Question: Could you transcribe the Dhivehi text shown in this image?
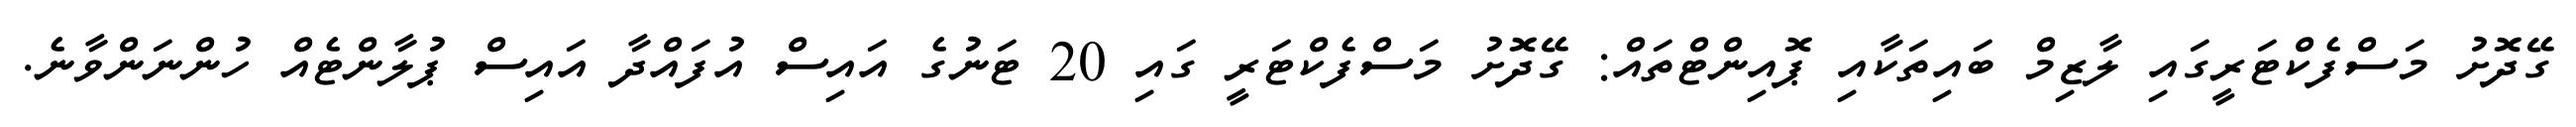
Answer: ގޭދޮށު މަސްފެކްޓަރީގައި ލާޒިމް ބައިތަކާއި ޕޮއިންޓްތައް: ގޭދޮށު މަސްފެކްޓަރީ ގައި 20 ޓަނުގެ އައިސް އުފައްދާ އައިސް ޕުލާންޓެއް ހުންނަންވާނެ.